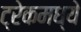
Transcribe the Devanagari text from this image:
ट्रेकमध्ये